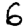
Digit: 6